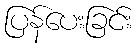
ပြန်ပေးခြင်း